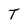
Character: T